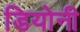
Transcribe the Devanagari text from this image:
डियोनी